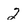
Character: 2